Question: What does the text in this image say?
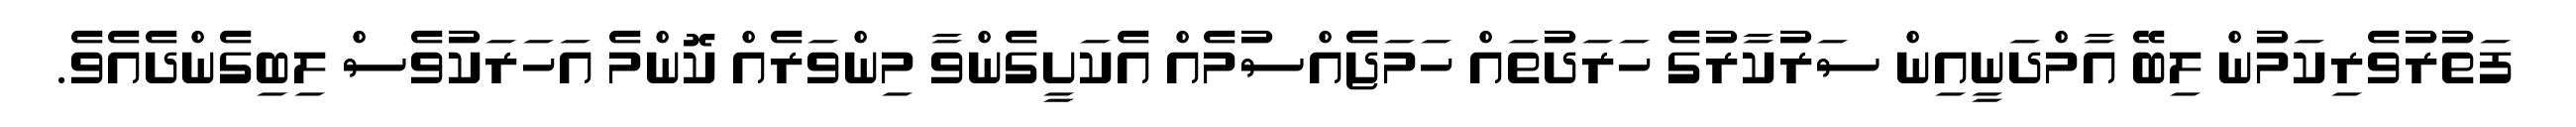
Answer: ފަތުރުވެރިކަމުން ލިބޭ އާމްދަނީއިން ސަރުކާރުގެ ހަރަދުތައް ހަމަޖެއްސުމެއް އެކަށީގެންވާ މިންވަރެއް ކޮންމެ އަހަރަކުވެސް ލިބިގެންދެއެވެ.